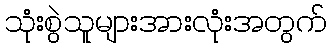
သုံးစွဲသူများအားလုံးအတွက်